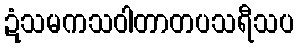
ဍံသမကသဝါတာတပသရီသပ